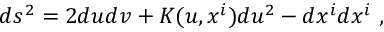
d s ^ { 2 } = 2 d u d v + K ( u , x ^ { i } ) d u ^ { 2 } - d x ^ { i } d x ^ { i } \ ,